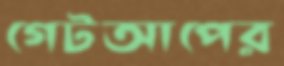
গেটআপের